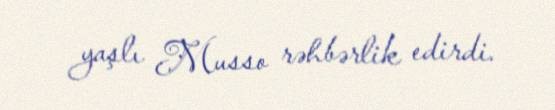
yaşlı Musso rəhbərlik edirdi.